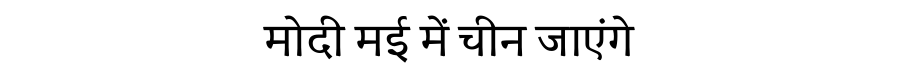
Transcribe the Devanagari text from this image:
मोदी मई में चीन जाएंगे